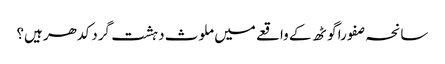
سانحہ صفورا گوٹھ کے واقعے میں ملوث دہشت گرد کدھر ہیں؟